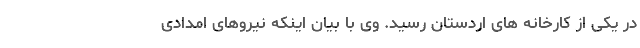
در یکی از کارخانه های اردستان رسید. وی با بیان اینکه نیروهای امدادی